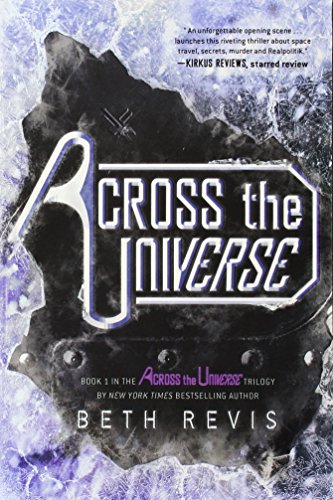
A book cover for Across the Universe; Beth Revis; Teen & Young Adult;